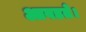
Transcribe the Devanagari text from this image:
आवडते।